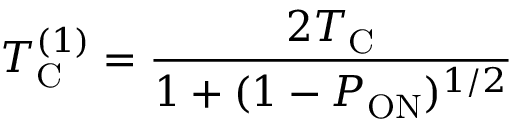
T _ { \mathrm { C } } ^ { ( 1 ) } = \frac { 2 T _ { \mathrm { C } } } { 1 + ( 1 - P _ { \mathrm { O N } } ) ^ { 1 / 2 } }